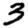
Digit: 3